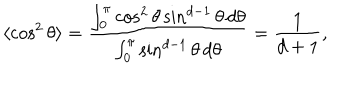
LaTeX: \langle \cos ^ { 2 } \theta \rangle = { \frac { \int _ { 0 } ^ { \pi } \cos ^ { 2 } \theta \sin ^ { d - 1 } \theta \, d \theta } { \int _ { 0 } ^ { \pi } \sin ^ { d - 1 } \theta \, d \theta } } = { \frac { 1 } { d + 1 } } ,